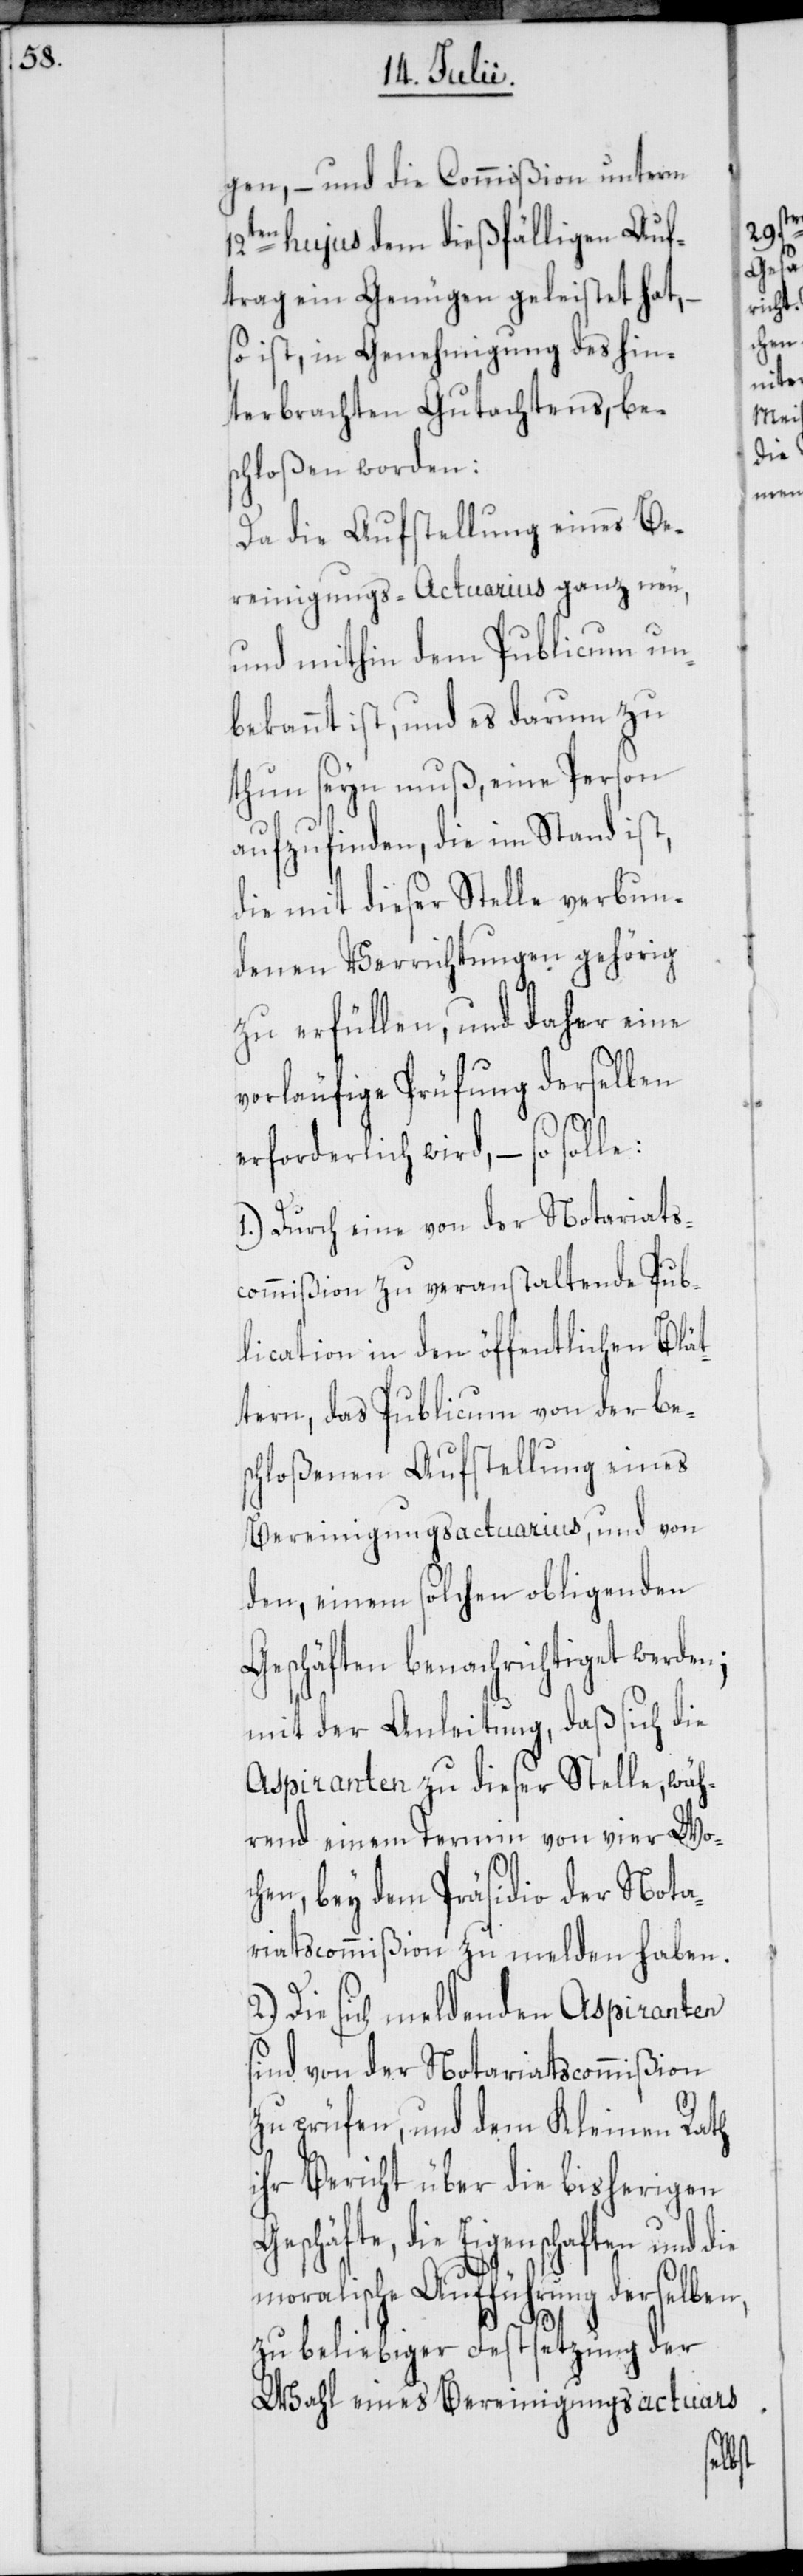
gen, – und die Commißion unterm
12ten hujus dem dießfälligen Auf¬
trag ein Genügen geleistet hat, –
so ist, in Genehmigung des hin¬
terbrachten Gutachtens, be¬
schloßen worden:
Da die Aufstellung eines Be¬
reinigungs-Actuarius ganz neu,
und mithin dem Publicum un¬
bekannt ist, und es darum zu
thun seyn muß, eine Person
aufzufinden, die im Stand ist,
die mit dieser Stelle verbun¬
denen Verrichtungen gehörig
zu erfüllen, und daher eine
vorläufige Prüfung derselben
erforderlich wird, – so solle:
1.) Durch eine von der Notariats¬
commißion zu veranstaltende Pub¬
lication in den öffentlichen Blät¬
tern, das Publicum von der be¬
schloßenen Aufstellung eines
Bereinigungsactuarius, und von
den, einem solchen obligenden
Geschäften benachrichtiget werden;
mit der Anleitung, daß sich die
Aspiranten zu dieser Stelle, wäh¬
rend einem Termin von vier Wo¬
chen, bey dem Präsidio der Nota¬
riatscommißion zu melden haben.
2.) Die sich meldenden Aspiranten
sind von der Notariatscommißion
zu prüfen, und dem Kleinen Rath
ihr Bericht über die bisherigen
Geschäfte, die Eigenschaften und die
moralische Aufführung derselben,
zu beliebiger Festsetzung der
Wahl eines Bereinigungsactuars